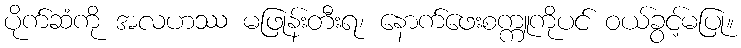
ပိုက်ဆံကို အလဟဿ မဖြုန်းတီးရ၊ နောက်ဖေးစက္ကူကိုပင် ဝယ်ခွင့်မပြု။